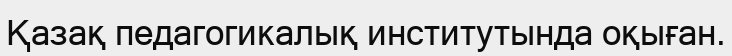
Қазақ педагогикалық институтында оқыған.